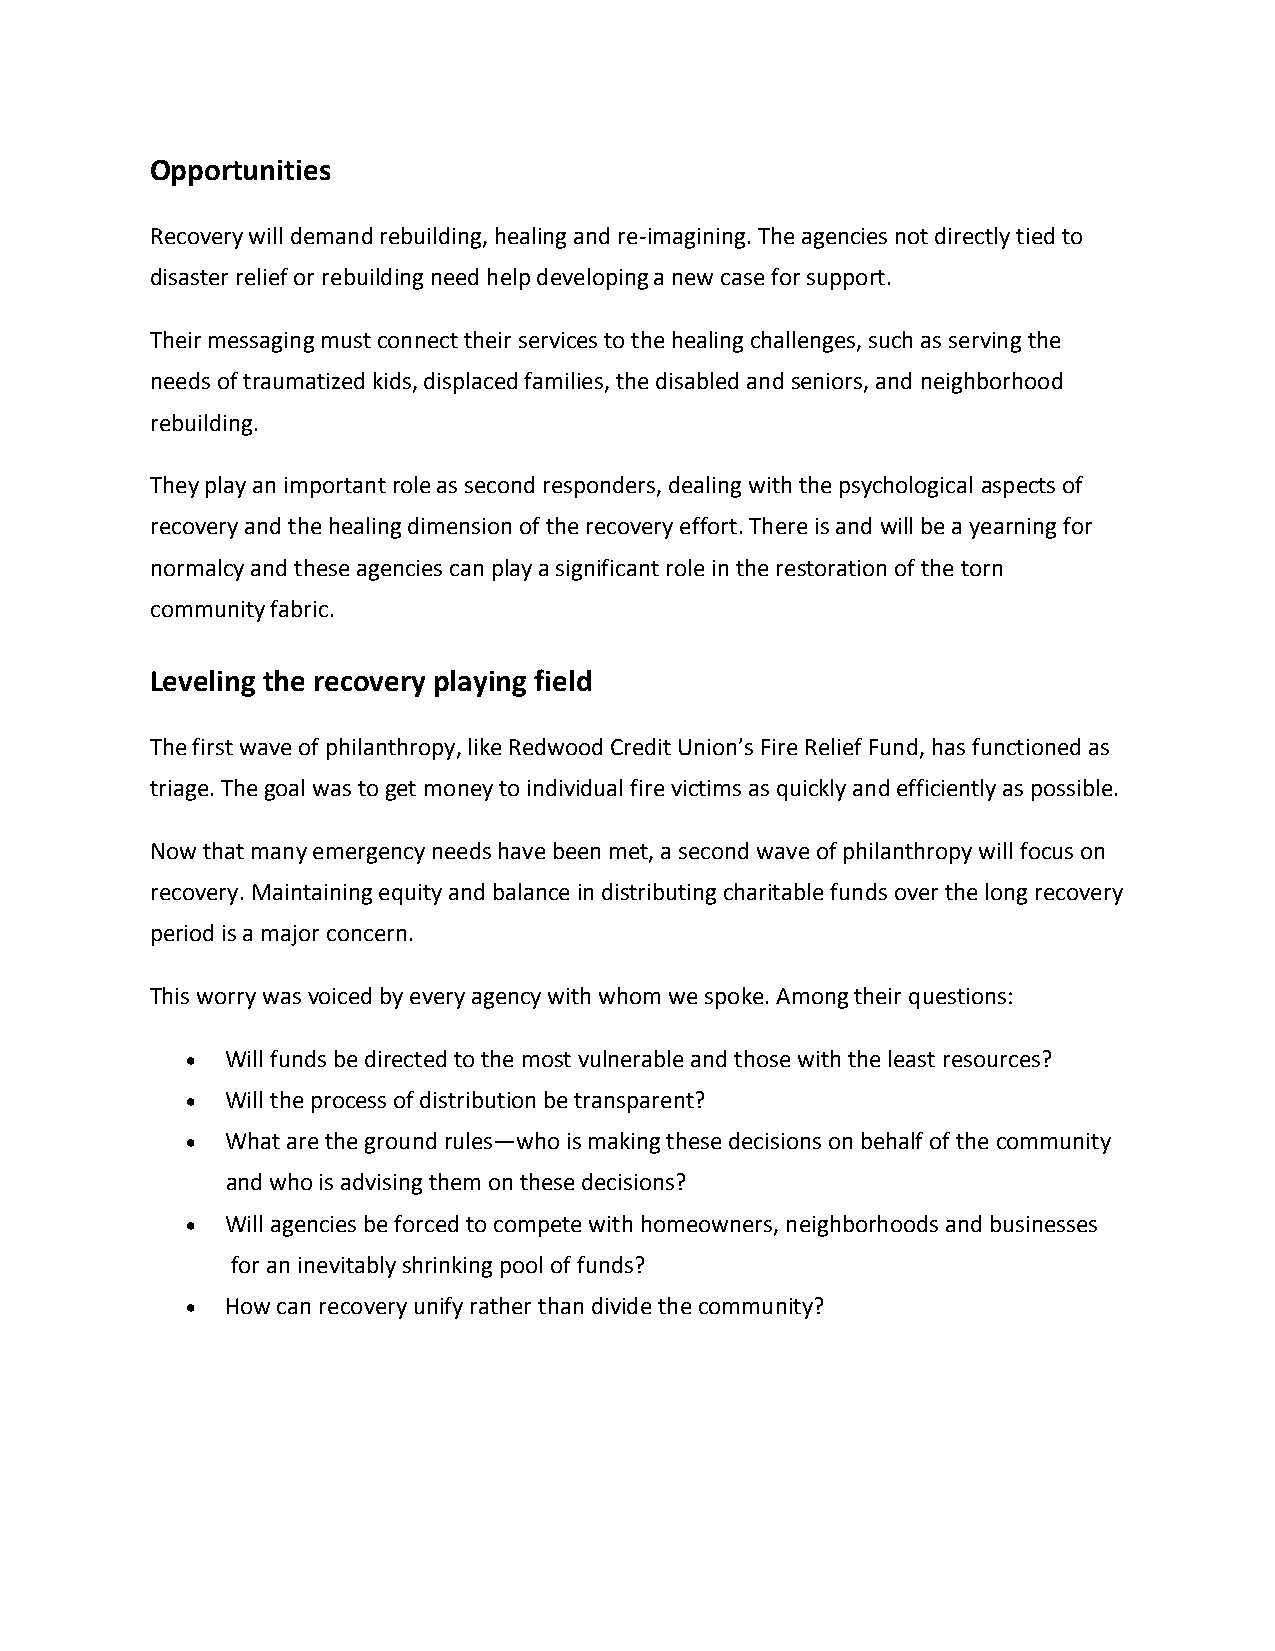
Opportunities
 Recovery will demand rebuilding, healing and re-imagining. The agencies not directly tied to
 disaster relief or rebuilding need help developing a new case for support.
 Their messaging must connect their services to the healing challenges, such as serving the
 needs of traumatized kids, displaced families, the disabled and seniors, and neighborhood
 rebuilding.
 They play an important role as second responders, dealing with the psychological aspects of
 recovery and the healing dimension of the recovery effort. There is and will be a yearning for
 normalcy and these agencies can play a significant role in the restoration of the torn
 community fabric.
 Leveling the recovery playing field
 The first wave of philanthropy, like Redwood Credit Union’s Fire Relief Fund, has functioned as
 triage. The goal was to get money to individual fire victims as quickly and efficiently as possible.
 Now that many emergency needs have been met, a second wave of philanthropy will focus on
 recovery. Maintaining equity and balance in distributing charitable funds over the long recovery
 period is a major concern.
 This worry was voiced by every agency with whom we spoke. Among their questions:
   Will funds be directed to the most vulnerable and those with the least resources?
   Will the process of distribution be transparent?
   What are the ground rules—who is making these decisions on behalf of the community
 and who is advising them on these decisions?
   Will agencies be forced to compete with homeowners, neighborhoods and businesses
 for an inevitably shrinking pool of funds?
   How can recovery unify rather than divide the community?